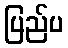
ပြည်ပ